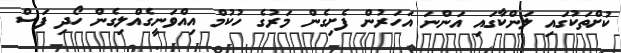
ކުށްތަކުގައި ލަންކާގައި އަންނަ އަހަރުން ފެށިގެން މަރުގެ ހުކުމް އިއްވަނީގެއްލިގެން ހޯދި ފަސް